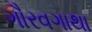
ગૌરવગાથા